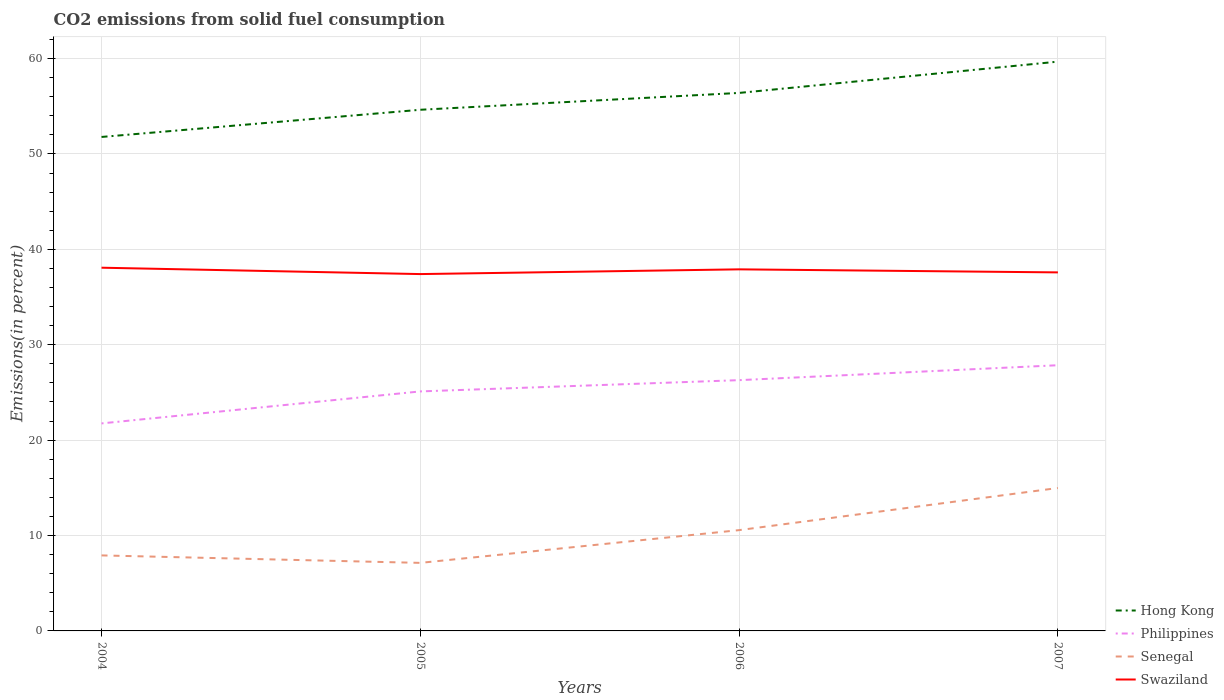
| Years | Hong Kong | Philippines | Senegal | Swaziland |
 | --- | --- | --- | --- | --- |
 | 2004 | 51.8 | 21.8 | 7.92 | 38.1 |
 | 2005 | 54.6 | 25.1 | 7.13 | 37.4 |
 | 2006 | 56.4 | 26.3 | 10.6 | 37.9 |
 | 2007 | 59.7 | 27.9 | 15 | 37.6 |